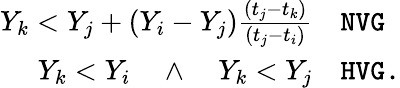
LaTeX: \begin{array}{rl}{Y_{k}<Y_{j}+(Y_{i}-Y_{j})\frac{(t_{j}-t_{k})}{(t_{j}-t_{i})}}&{{}\texttt{NVG}}\\ {Y_{k}<Y_{i}\quad\wedge\quad Y_{k}<Y_{j}}&{{}\texttt{HVG.}}\end{array}